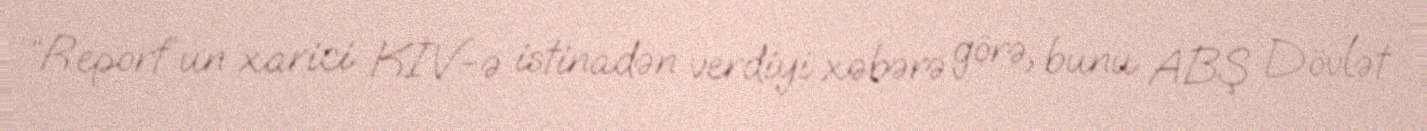
“Report”un xarici KİV-ə istinadən verdiyi xəbərə görə, bunu ABŞ Dövlət